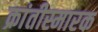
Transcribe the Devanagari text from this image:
क्रांतीस्मारक